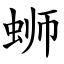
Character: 蛳